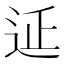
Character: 𨒂